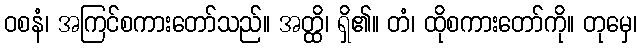
ဝစနံ၊ အကြင်စကားတော်သည်။ အတ္ထိ၊ ရှိ၏။ တံ၊ ထိုစကားတော်ကို။ တုမှေ၊